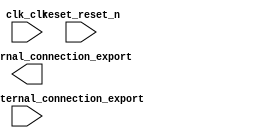

module platform (
	clk_clk,
	reset_reset_n,
	pio_leds_external_connection_export,
	pio_switch_0_external_connection_export);	

	input		clk_clk;
	input		reset_reset_n;
	output	[9:0]	pio_leds_external_connection_export;
	input		pio_switch_0_external_connection_export;
endmodule